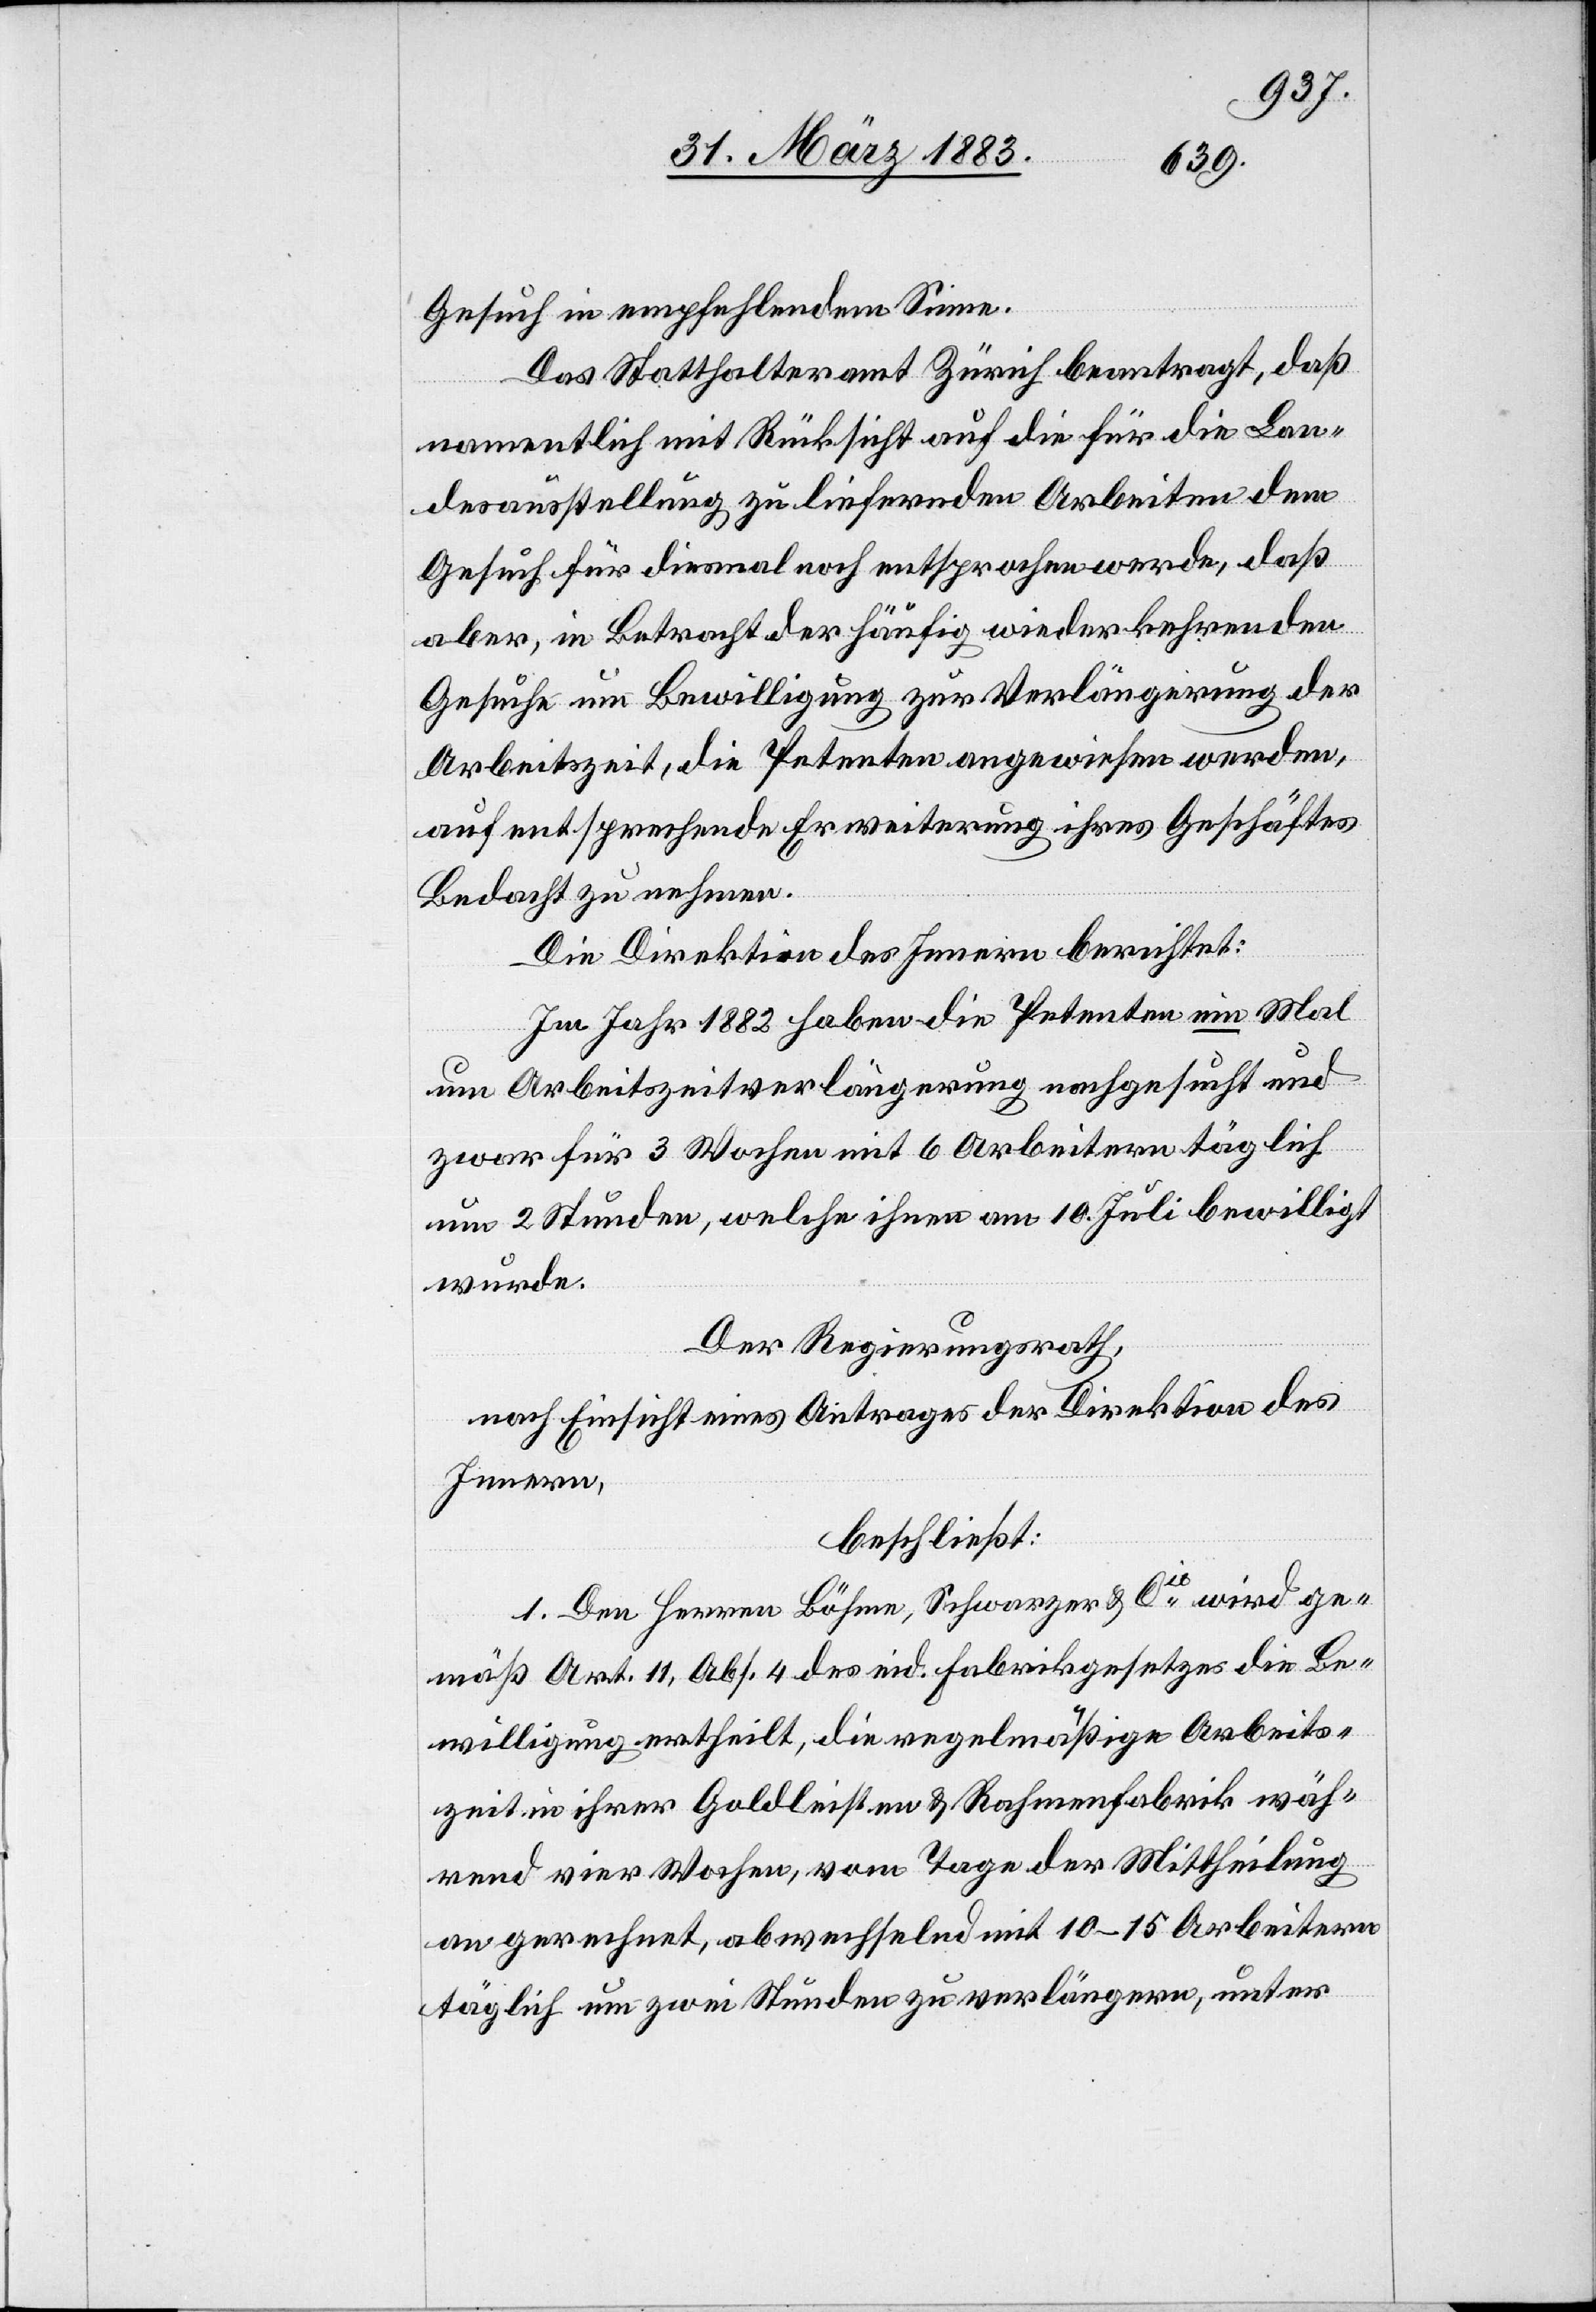
Gesuch in empfehlendem Sinne.
Das Statthalteramt Zürich beantragt, daß
namentlich mit Rücksicht auf die für die Lan¬
desausstellung zu liefernden Arbeiten dem
Gesuch für diesmal noch entsprochen werde, daß
aber, in Betracht der häufig wiederkehrenden
Gesuche um Bewilligung zur Verlängerung der
Arbeitszeit, die Petenten angewiesen werden,
auf entsprechende Erweiterung ihres Geschäftes
Bedacht zu nehmen.
Die Direktion des Innern berichtet:
Im Jahr 1882 haben die Petenten ein Mal
um Arbeitszeitverlängerung nachgesucht und
zwar für 3 Wochen mit 6 Arbeitern täglich
um 2 Stunden, welche ihnen am 10. Juli bewilligt
wurde.
Der Regierungsrath,
nach Einsicht eines Antrages der Direktion des
Innern,
beschließt:
1. Den Herren Böhme, Schwarzer & Cie wird ge¬
mäß Art. 11, Abs. 4 des eid. Fabrikgesetzes die Be¬
willigung ertheilt, die regelmäßige Arbeits¬
zeit in ihrer Goldleisten & Rahmenfabrik wäh¬
rend vier Wochen, vom Tage der Mittheilung
an gerechnet, abwechselnd mit 10–15 Arbeitern
täglich um zwei Stunden zu verlängern, unter